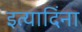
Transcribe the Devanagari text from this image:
इत्यादिंना